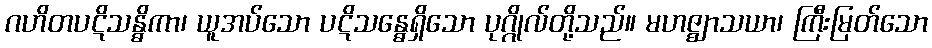
ဂဟိတပဋိသန္ဓိကာ၊ ယူအပ်သော ပဋိသန္ဓေရှိသော ပုဂ္ဂိုလ်တို့သည်။ မဟဇ္ဈာသယာ၊ ကြီးမြတ်သော